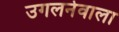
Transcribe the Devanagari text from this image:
उगलनेवाला